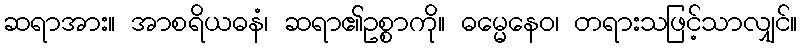
ဆရာအား။ အာစရိယဓနံ၊ ဆရာ၏ဥစ္စာကို။ ဓမ္မေနေဝ၊ တရားသဖြင့်သာလျှင်။